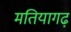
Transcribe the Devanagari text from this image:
मतियागढ़